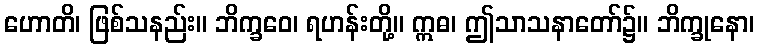
ဟောတိ၊ ဖြစ်သနည်း။ ဘိက္ခဝေ၊ ရဟန်းတို့။ ဣဓ၊ ဤသာသနာတော်၌။ ဘိက္ခုနော၊